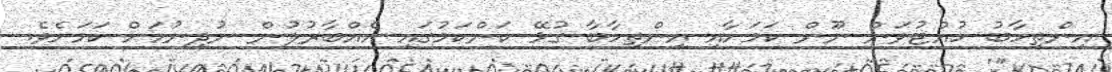
އިންތިހާބު ހުއްޓުވަން ނޫން ކަމަށާއި އިންތިހާބާ ގުޅޭ ކަންކަމުގައި އެއްބާރުލުން ނުދިނުމަށް ކަމަށެވެ.